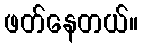
ဖတ်နေတယ်။